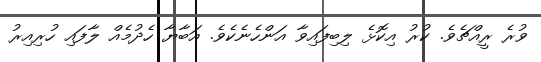
ވުރެ ރީއްޗެވެ. ކުރު އިކޮޅެ ލިބިފައިވާ އަންހެނެކެވެ. އަބާޔާ ހެދުމެއް ލާފައި ހުރިއިރު